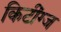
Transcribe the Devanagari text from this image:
किटींग्ज